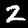
Label: 2